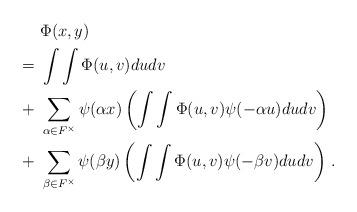
LaTeX: \begin{align*}& \ \Phi(x,y) \\= & \ \int \int \Phi(u,v) d u d v\\+ & \ \sum_{\alpha \in F^\times} \psi(\alpha x) \left( \int \int \Phi(u,v) \psi(-\alpha u ) d u d v \right)\\+ & \ \sum_{\beta \in F^\times} \psi(\beta y) \left( \int \int \Phi(u,v) \psi(-\beta v) d u d v \right)\,.\end{align*}